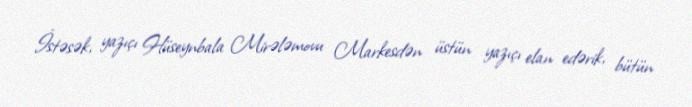
İstəsək, yazıçı Hüseynbala Mirələmovu Markesdən üstün yazıçı elan edərik, bütün